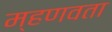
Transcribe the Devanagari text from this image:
म्हणवता